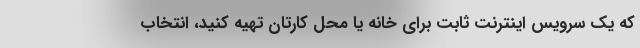
که یک سرویس اینترنت ثابت برای خانه یا محل کارتان تهیه کنید، انتخاب